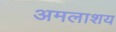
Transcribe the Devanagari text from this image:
अमलाशय